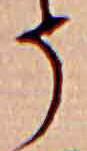
そ